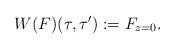
LaTeX: \begin{align*} W(F)(\tau,\tau') := F_{z=0}.\end{align*}